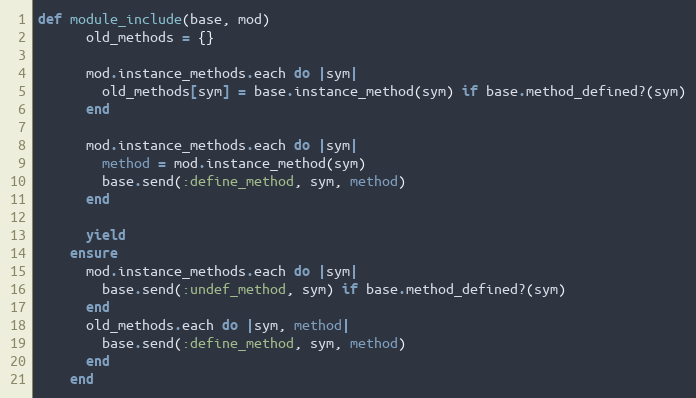
Language: Ruby
def module_include(base, mod)
      old_methods = {}

      mod.instance_methods.each do |sym|
        old_methods[sym] = base.instance_method(sym) if base.method_defined?(sym)
      end

      mod.instance_methods.each do |sym|
        method = mod.instance_method(sym)
        base.send(:define_method, sym, method)
      end

      yield
    ensure
      mod.instance_methods.each do |sym|
        base.send(:undef_method, sym) if base.method_defined?(sym)
      end
      old_methods.each do |sym, method|
        base.send(:define_method, sym, method)
      end
    end